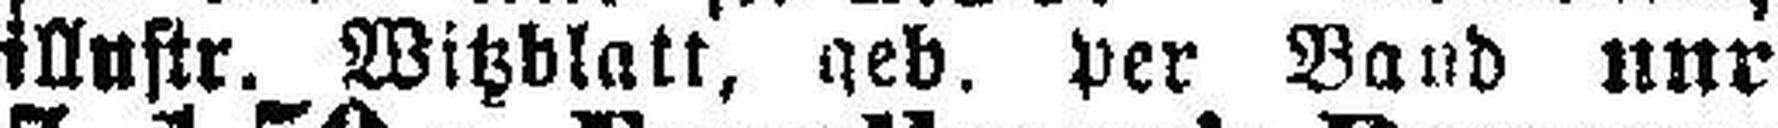
illustr. Witzblatt, geb. per Band nur